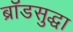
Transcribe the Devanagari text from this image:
ब्रॉडसुद्धा